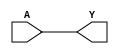
`timescale 1ns/1ps

module BUF(A, Y);
input A;
output Y;
assign Y = A;
endmodule

module NOT(A, Y);
input A;
output reg Y;
always @ ( * ) begin //retardo 3.1 ns
	#3.1 Y = ~A;
end
endmodule

module NAND(A, B, Y);
input A, B;
output reg Y;
always @ ( * ) begin
	#3.7 Y = ~(A & B); //retardo 3.7 ns
end
endmodule

module NOR(A, B, Y);
input A, B;
output reg Y;
always @ ( * ) begin
	#10 Y = ~(A | B); //retardo 10 ns
end
endmodule

module DFF(C, D, Q);
input C, D;
output reg Q;
always @(posedge C)
	#48 Q <= D; //retardo 48 ns
endmodule

module DFFSR(C, D, Q, S, R);
input C, D, S, R;
output reg Q;
always @(posedge C, posedge S, posedge R)
	if (S)
		Q <= 1'b1;
	else if (R)
		Q <= 1'b0;
	else
		Q <= D;
endmodule